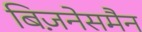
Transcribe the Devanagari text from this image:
बिज़नेसमैन